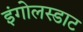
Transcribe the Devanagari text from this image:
इंगोलस्डाट